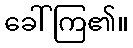
ခေါ်ကြ၏။